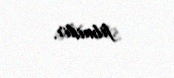
filmidir.